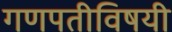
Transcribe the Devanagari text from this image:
गणपतीविषयी